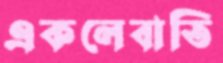
একলেবাতি